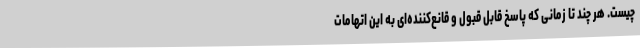
چیست. هر چند تا زمانی که پاسخ قابل قبول و قانع‌کننده‌ای به این اتهامات